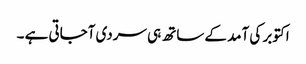
اکتوبر کی آمد کے ساتھ ہی سردی آجاتی ہے ۔